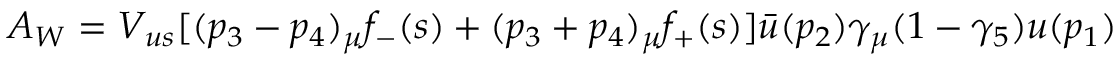
A _ { W } = V _ { u s } [ ( p _ { 3 } - p _ { 4 } ) _ { \mu } f _ { - } ( s ) + ( p _ { 3 } + p _ { 4 } ) _ { \mu } f _ { + } ( s ) ] \bar { u } ( p _ { 2 } ) \gamma _ { \mu } ( 1 - \gamma _ { 5 } ) u ( p _ { 1 } )